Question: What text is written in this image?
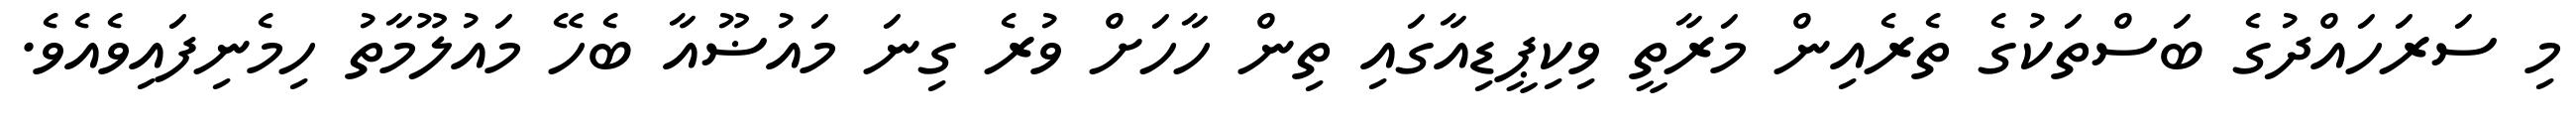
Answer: މި ސަރަހައްދުގެ ބަސްތަކުގެ ތެރެއިން މަރާތީ ވިކިޕީޑިއާގައި ތިން ހާހަށް ވުރެ ގިނަ މައުޟޫއާ ބެހޭ މައުލޫމާތު ހިމެނިފައިވެއެވެ.